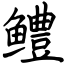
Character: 鳢